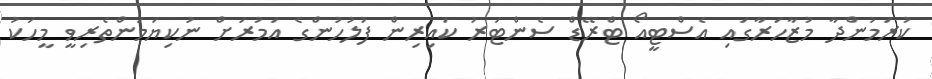
ކުރަމުންދާ މުޒާހަރާގައި އެސްޓީއޯ ޓްރޭޑް ސެންޓަރު ކައިރިން ފުލުހުންގެ އަމުރަށް ނުކިޔަމަންތެރިވީ މީހަކު